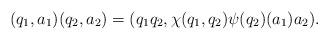
LaTeX: \begin{align*}(q_{1},a_{1})(q_{2},a_{2})=(q_{1}q_{2},\chi(q_{1},q_{2})\psi(q_{2})(a_{1})a_{2}).\end{align*}